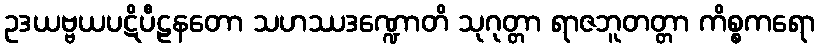
ဥဒယဗ္ဗယပဋိပီဠနတော သဟဿဒဏ္ဍောတိ သုဂုတ္တာ ရာဇဘူတတ္တာ ကိစ္စကရော